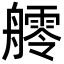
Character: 𦪩